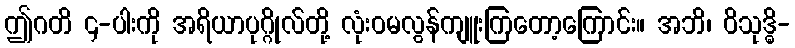
ဤဂတိ ၄-ပါးကို အရိယာပုဂ္ဂိုလ်တို့ လုံးဝမလွန်ကျူးကြတော့ကြောင်း။ အဘိ၊ ဝိသုဒ္ဓိ-